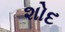
શોદ